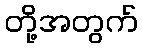
တို့အတွက်